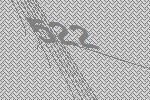
522